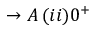
\to A \, ( i i ) 0 ^ { + }